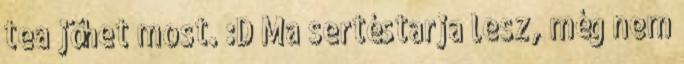
tea jöhet most. :D Ma sertéstarja lesz, még nem